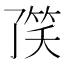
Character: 𱷻